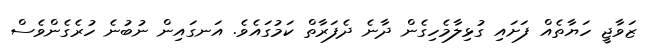
ޒަވާޖީ ހަޔާތެއް ފަށައި ގުޅިލާމެހިގެން ދާނެ ދެފަރާތް ކަމުގައެވެ. އަނގައިން ނުބުނެ ހުރެގެންވެސް